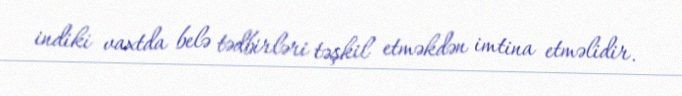
indiki vaxtda belə tədbirləri təşkil etməkdən imtina etməlidir.